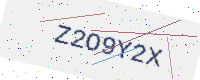
Text: Z2O9Y2X